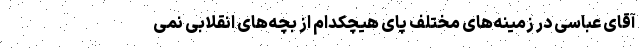
آقای عباسی در زمینه‌های مختلف پای هیچکدام از بچه‌های انقلابی نمی‌